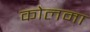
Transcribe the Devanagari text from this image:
कोलमा